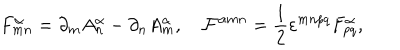
F _ { m n } ^ { \alpha } = \partial _ { m } A _ { n } ^ { \alpha } - \partial _ { n } A _ { m } ^ { \alpha } , \quad { \cal F } ^ { \alpha m n } = \frac { 1 } { 2 } \varepsilon ^ { m n p q } F _ { p q } ^ { \alpha } ,